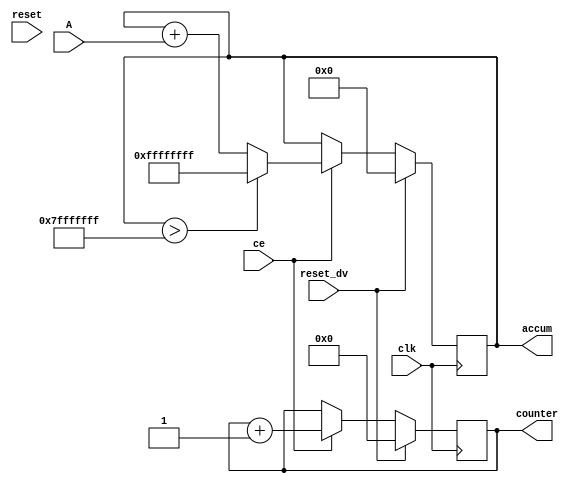
`timescale 1ns / 1ps
//////////////////////////////////////////////////////////////////////////////////
// Company: Trinity College, Virgina Tech
// 
// Design Name: 
// Module Name:    accumulator_in_xst 
// Project Name: 
// Target Devices: 
// Tool versions: 
// Description: 
//
// Dependencies: 
//
// Revision: 
// Revision 0.01 - File Created
// Additional Comments: 
//
//////////////////////////////////////////////////////////////////////////////////
//
// Multiplier Up Accumulate with Register After Multiplication
//
module v_multipliers_7a (clk, reset, reset_dv, ce, A, accum, counter);

input clk, reset, reset_dv, ce;
input [15:0] A;
output reg [9:0] counter;
output reg [31:0] accum;

always @(posedge clk)
begin
	if (reset_dv) begin
		accum <= 0;
	end
	else if (ce)
	begin 		
		//if overflow is detected then set to maximum
		if (accum > 31'b1111111111111111111111111111111) accum <= 32'b11111111111111111111111111111111;
		else accum <= accum + A;
		//if(accum == 0) accum <= old_accum; //if we accum 0 then overwrite it with the previous valid (non-zero) value
		
	end
end

always @(posedge clk)
begin
	if (reset_dv) begin
		counter <= 0;
	end
else begin
		if(ce) counter <=counter + 1;
	end
end

//http://stackoverflow.com/questions/7931789/24-bit-counter-state-machine

endmodule